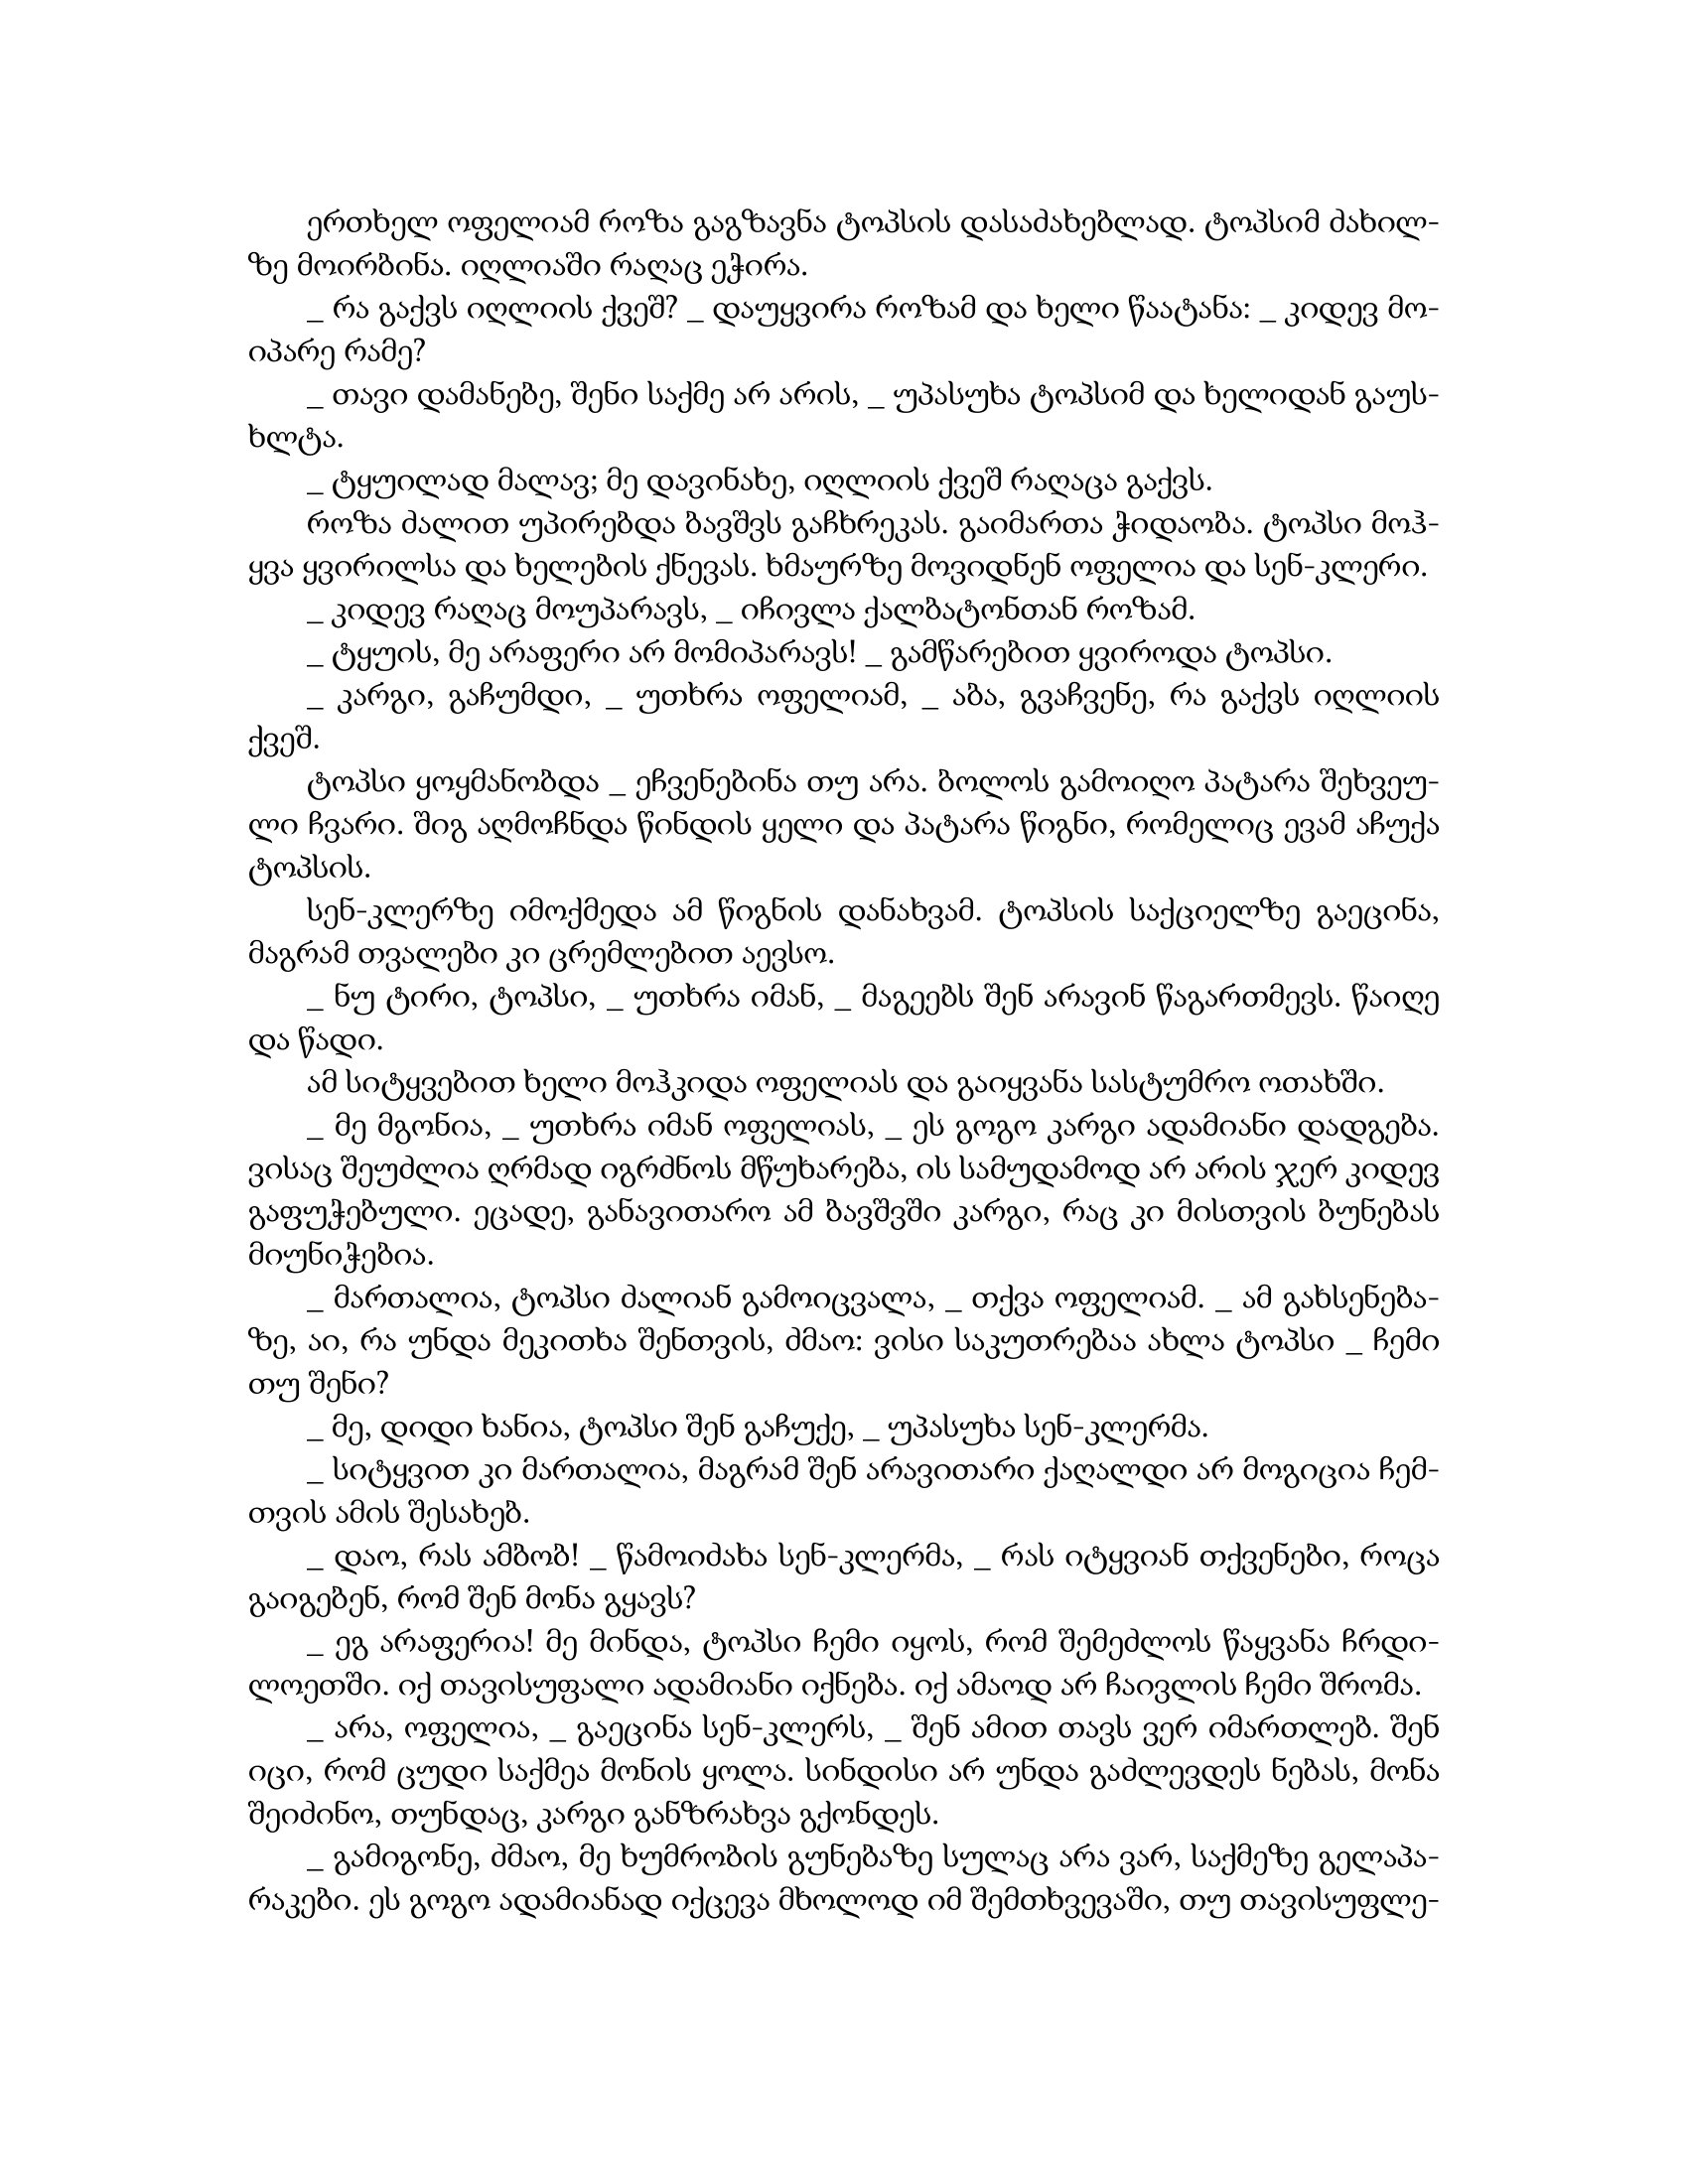
Language: gr